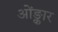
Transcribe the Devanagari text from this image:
ओंङ्कार